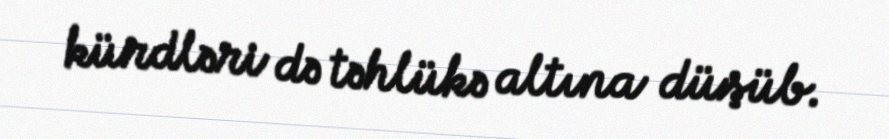
kürdləri də təhlükə altına düşüb.